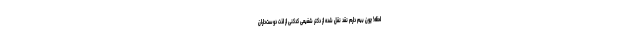
لحظه! چون بیم دارم نقد نقل شده از دکتر شفیعی کدکنی از لذت دوست‌داران